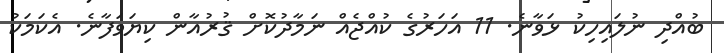
ބުއްދި ނުލައިހިކު ޅަވާނެ. 11 އަހަރުގެ ކުއްޖެއް ނަމާދުކޮށް ޤުރުއާން ކިޔަވަފާނެ. އެކަމަކު